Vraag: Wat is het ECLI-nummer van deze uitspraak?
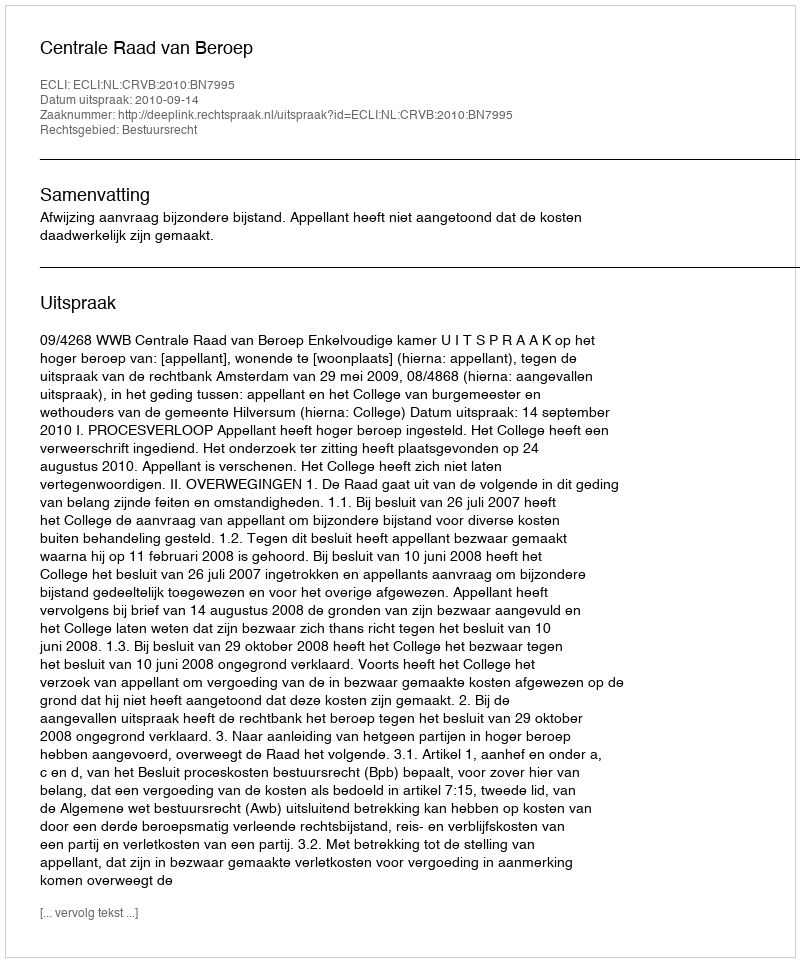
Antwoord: ECLI:NL:CRVB:2010:BN7995